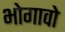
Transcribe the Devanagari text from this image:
भोगावो